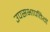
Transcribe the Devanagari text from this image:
उपसभापतियॉ